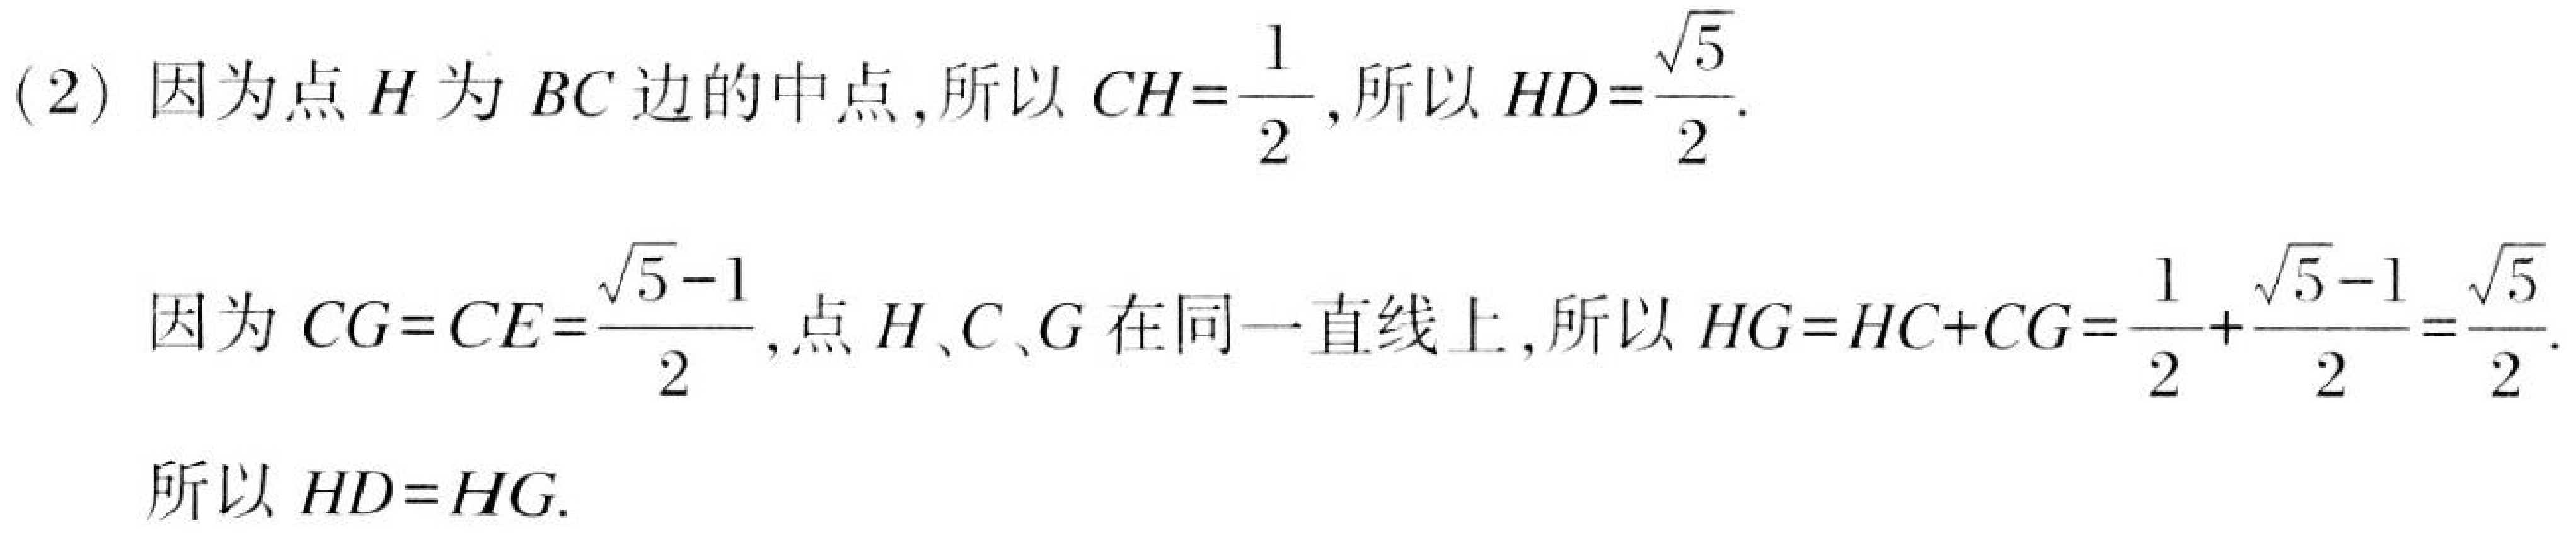
(2) 因为点 \(H\) 为 \(BC\) 边的中点, 所以 \(CH = \frac{1}{2}\), 所以 \(HD=\frac{\sqrt{5}}{2}\).
因为 \(CG = CE=\frac{\sqrt{5}-1}{2}\), 点 \(H\)、\(C\)、\(G\) 在同一直线上, 所以 \(HG = HC + CG=\frac{1}{2}+\frac{\sqrt{5}-1}{2}=\frac{\sqrt{5}}{2}\).
所以 \(HD = HG\).